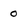
Character: 0